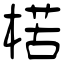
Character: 楛